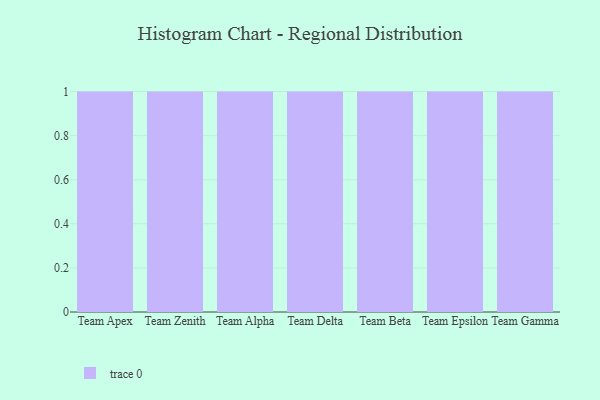
{"axis": {"x": "Team", "y": "Revenue (USD Million)"}, "legend": [""], "data": [{"x": "Team Apex", "y": 9, "type": ""}, {"x": "Team Zenith", "y": 36, "type": ""}, {"x": "Team Alpha", "y": 21, "type": ""}, {"x": "Team Delta", "y": 65, "type": ""}, {"x": "Team Beta", "y": 69, "type": ""}, {"x": "Team Epsilon", "y": 32, "type": ""}, {"x": "Team Gamma", "y": 46, "type": ""}]}